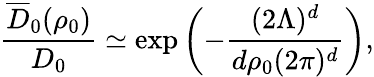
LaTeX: \frac{\overline{{D}}_{0}(\rho_{0})}{D_{0}}\simeq\exp\left(-\frac{(2\Lambda)^{d}}{d\rho_{0}(2\pi)^{d}}\right),